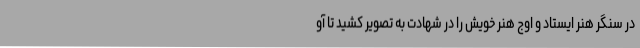
در سنگر هنر ایستاد و اوج هنر خویش را در شهادت به تصویر کشید تا آو